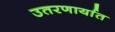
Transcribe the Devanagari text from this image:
उतरणार्यात